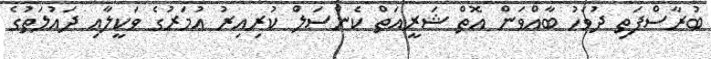
ބުރާސްފަތި ދުވަހު ބާއްވަން އޮތް ޝަރީއަތް ކެންސަލް ކުރިއިރު އުމަރުގެ ވަކީލާއި ދައުލަތުގެ